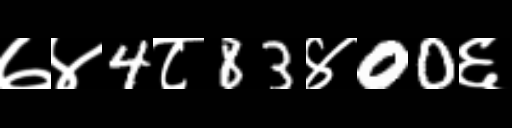
Text: ७४4८83४00६